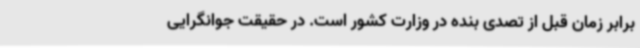
برابر زمان قبل از تصدی بنده در وزارت کشور است. در حقیقت جوانگرایی